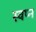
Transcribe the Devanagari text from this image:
स्‍वप्‍न